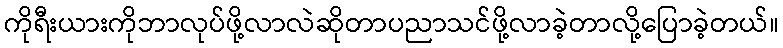
ကိုရီးယားကိုဘာလုပ်ဖို့လာလဲဆိုတာပညာသင်ဖို့လာခဲ့တာလို့ပြောခဲ့တယ်။